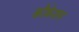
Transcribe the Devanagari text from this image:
कौकेशस